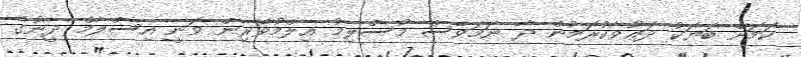
ކަމަށް ބަޔަކު ދަޢުވާކުރަމުން ދާ ނަމަވެސް މުސްލިމު ޢިލްމުވެރިން ވަނީ އިސްލާމް ދީނުގެ